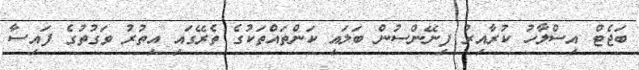
ބަޖެޓް އިސްލާހު ކުރާއިރު ފިނޭންސުން ބަލައި ކަންތައްތަކުގެ ތެރޭގައި އިތުރު ވަގުތުގެ ފައިސާ